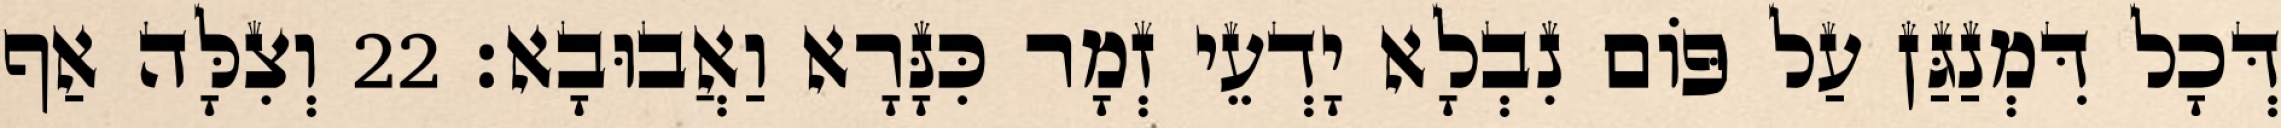
דְּכָל דִּמְנַגַּן עַל פּוֹם נִבְלָא יָדְעֵי זְמָר כִּנָּרָא וַאֲבוּבָא׃ 22 וְצִלָּה אַף